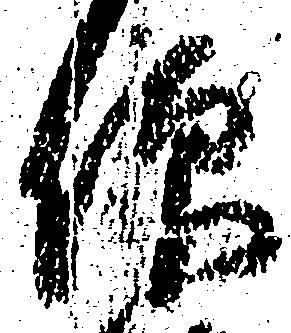
仰